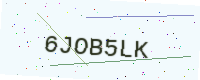
Text: 6JOB5LK